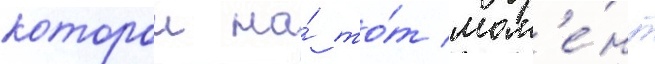
которои на́ то́т мом'е́нт